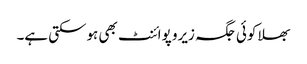
بھلا کوئی جگہ زیرو پوائنٹ بھی ہوسکتی ہے۔